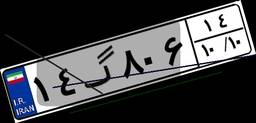
۱۴گ۸۰۶۱۴